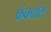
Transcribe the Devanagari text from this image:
फंकशंस